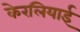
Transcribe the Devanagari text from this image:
केरलियाई